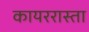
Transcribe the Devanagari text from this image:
कायररास्ता